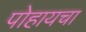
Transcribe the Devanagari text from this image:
पोहायचा